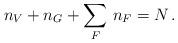
LaTeX: \begin{align*}n_{V} + n_{G} + \sum \limits_{F} \, n_{F} = N \, .\end{align*}